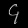
Digit: ၄